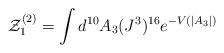
LaTeX: \begin{align*}{\cal Z}^{(2)}_1 = \int d^{10} A_3 (J^3)^{16} e^{-V(|A_3|)}\end{align*}